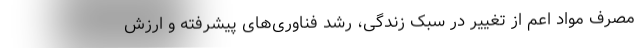
مصرف مواد اعم از تغییر در سبک زندگی، رشد فناوری‌های پیشرفته و ارزش